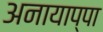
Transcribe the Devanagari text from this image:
अनायाप्पा